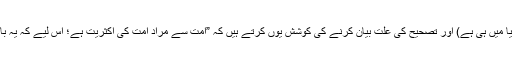
(میری امّت پر خداکی خاص رحمت ہے،اس کے لیے آخرت میں کوئی عذاب نہیں،اس کا عذاب دنیا میں ہی ہے) اور تصحیح کی علت بیان کرنے کی کوشش یوں کرتے ہیں کہ ”امت سے مراد امت کی اکثریت ہے؛ اس لیے کہ یہ بات تو قطعی ہے کہ بعض لوگ گناہوں سے پاکی حاصل کرنے کے لیے جہنم میں داخل ہوں گے“۔